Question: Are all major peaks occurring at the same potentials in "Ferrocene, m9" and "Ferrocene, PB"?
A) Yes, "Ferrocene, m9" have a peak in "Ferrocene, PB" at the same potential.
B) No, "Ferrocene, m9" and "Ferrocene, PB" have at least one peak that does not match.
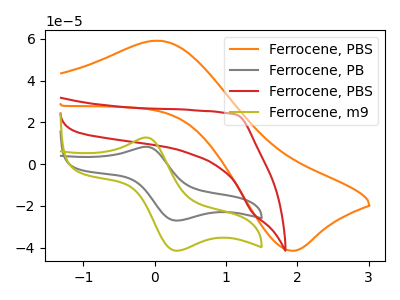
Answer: <think>The orange curve "Ferrocene, PBS" has an anodic peak at (0.05V, 59.15uA) and a cathodic peak at (1.90V, -41.50uA). The gray curve "Ferrocene, PB" has an anodic peak at (-0.10V, 8.30uA) and a cathodic peak at (0.30V, -27.00uA). The red curve "Ferrocene, PBS" has no peaks. The olive curve "Ferrocene, m9" has an anodic peak at (-0.10V, 12.75uA) and a cathodic peak at (0.30V, -41.45uA).</think>
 <answer>A) Yes, "Ferrocene, m9" have a peak in "Ferrocene, PB" at the same potential.</answer>
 <eval>A</eval>